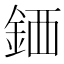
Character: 𫒖